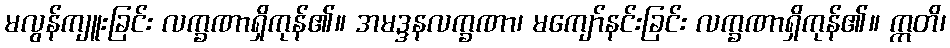
မလွန်ကျူးခြင်း လက္ခဏာရှိကုန်၏။ အမဒ္ဒနလက္ခဏာ၊ မကျော်နင်းခြင်း လက္ခဏာရှိကုန်၏။ ဣတိ၊